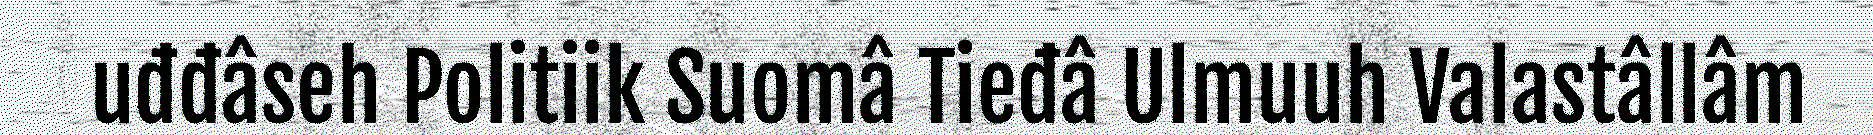
uđđâseh Politiik Suomâ Tieđâ Ulmuuh Valastâllâm